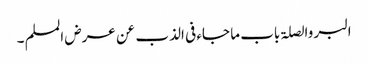
البر والصلۃ باب ما جاء فی الذب عن عرض المسلم ۔